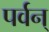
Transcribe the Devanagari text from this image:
पर्वन्